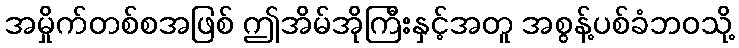
အမှိုက်တစ်စအဖြစ် ဤအိမ်အိုကြီးနှင့်အတူ အစွန့်ပစ်ခံဘဝသို့